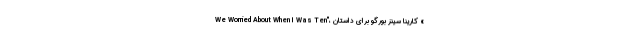
We Worried About When I Was Ten"، کارینا سینز بورگو برای داستان «